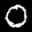
Label: 0